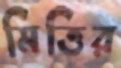
মিত্তির